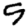
Digit: 5